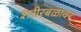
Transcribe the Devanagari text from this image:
शरीरबळावर